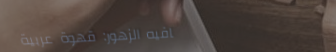
كافيه الزهور: قهوة عربية